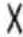
X